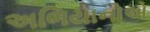
અભિયાનોએ